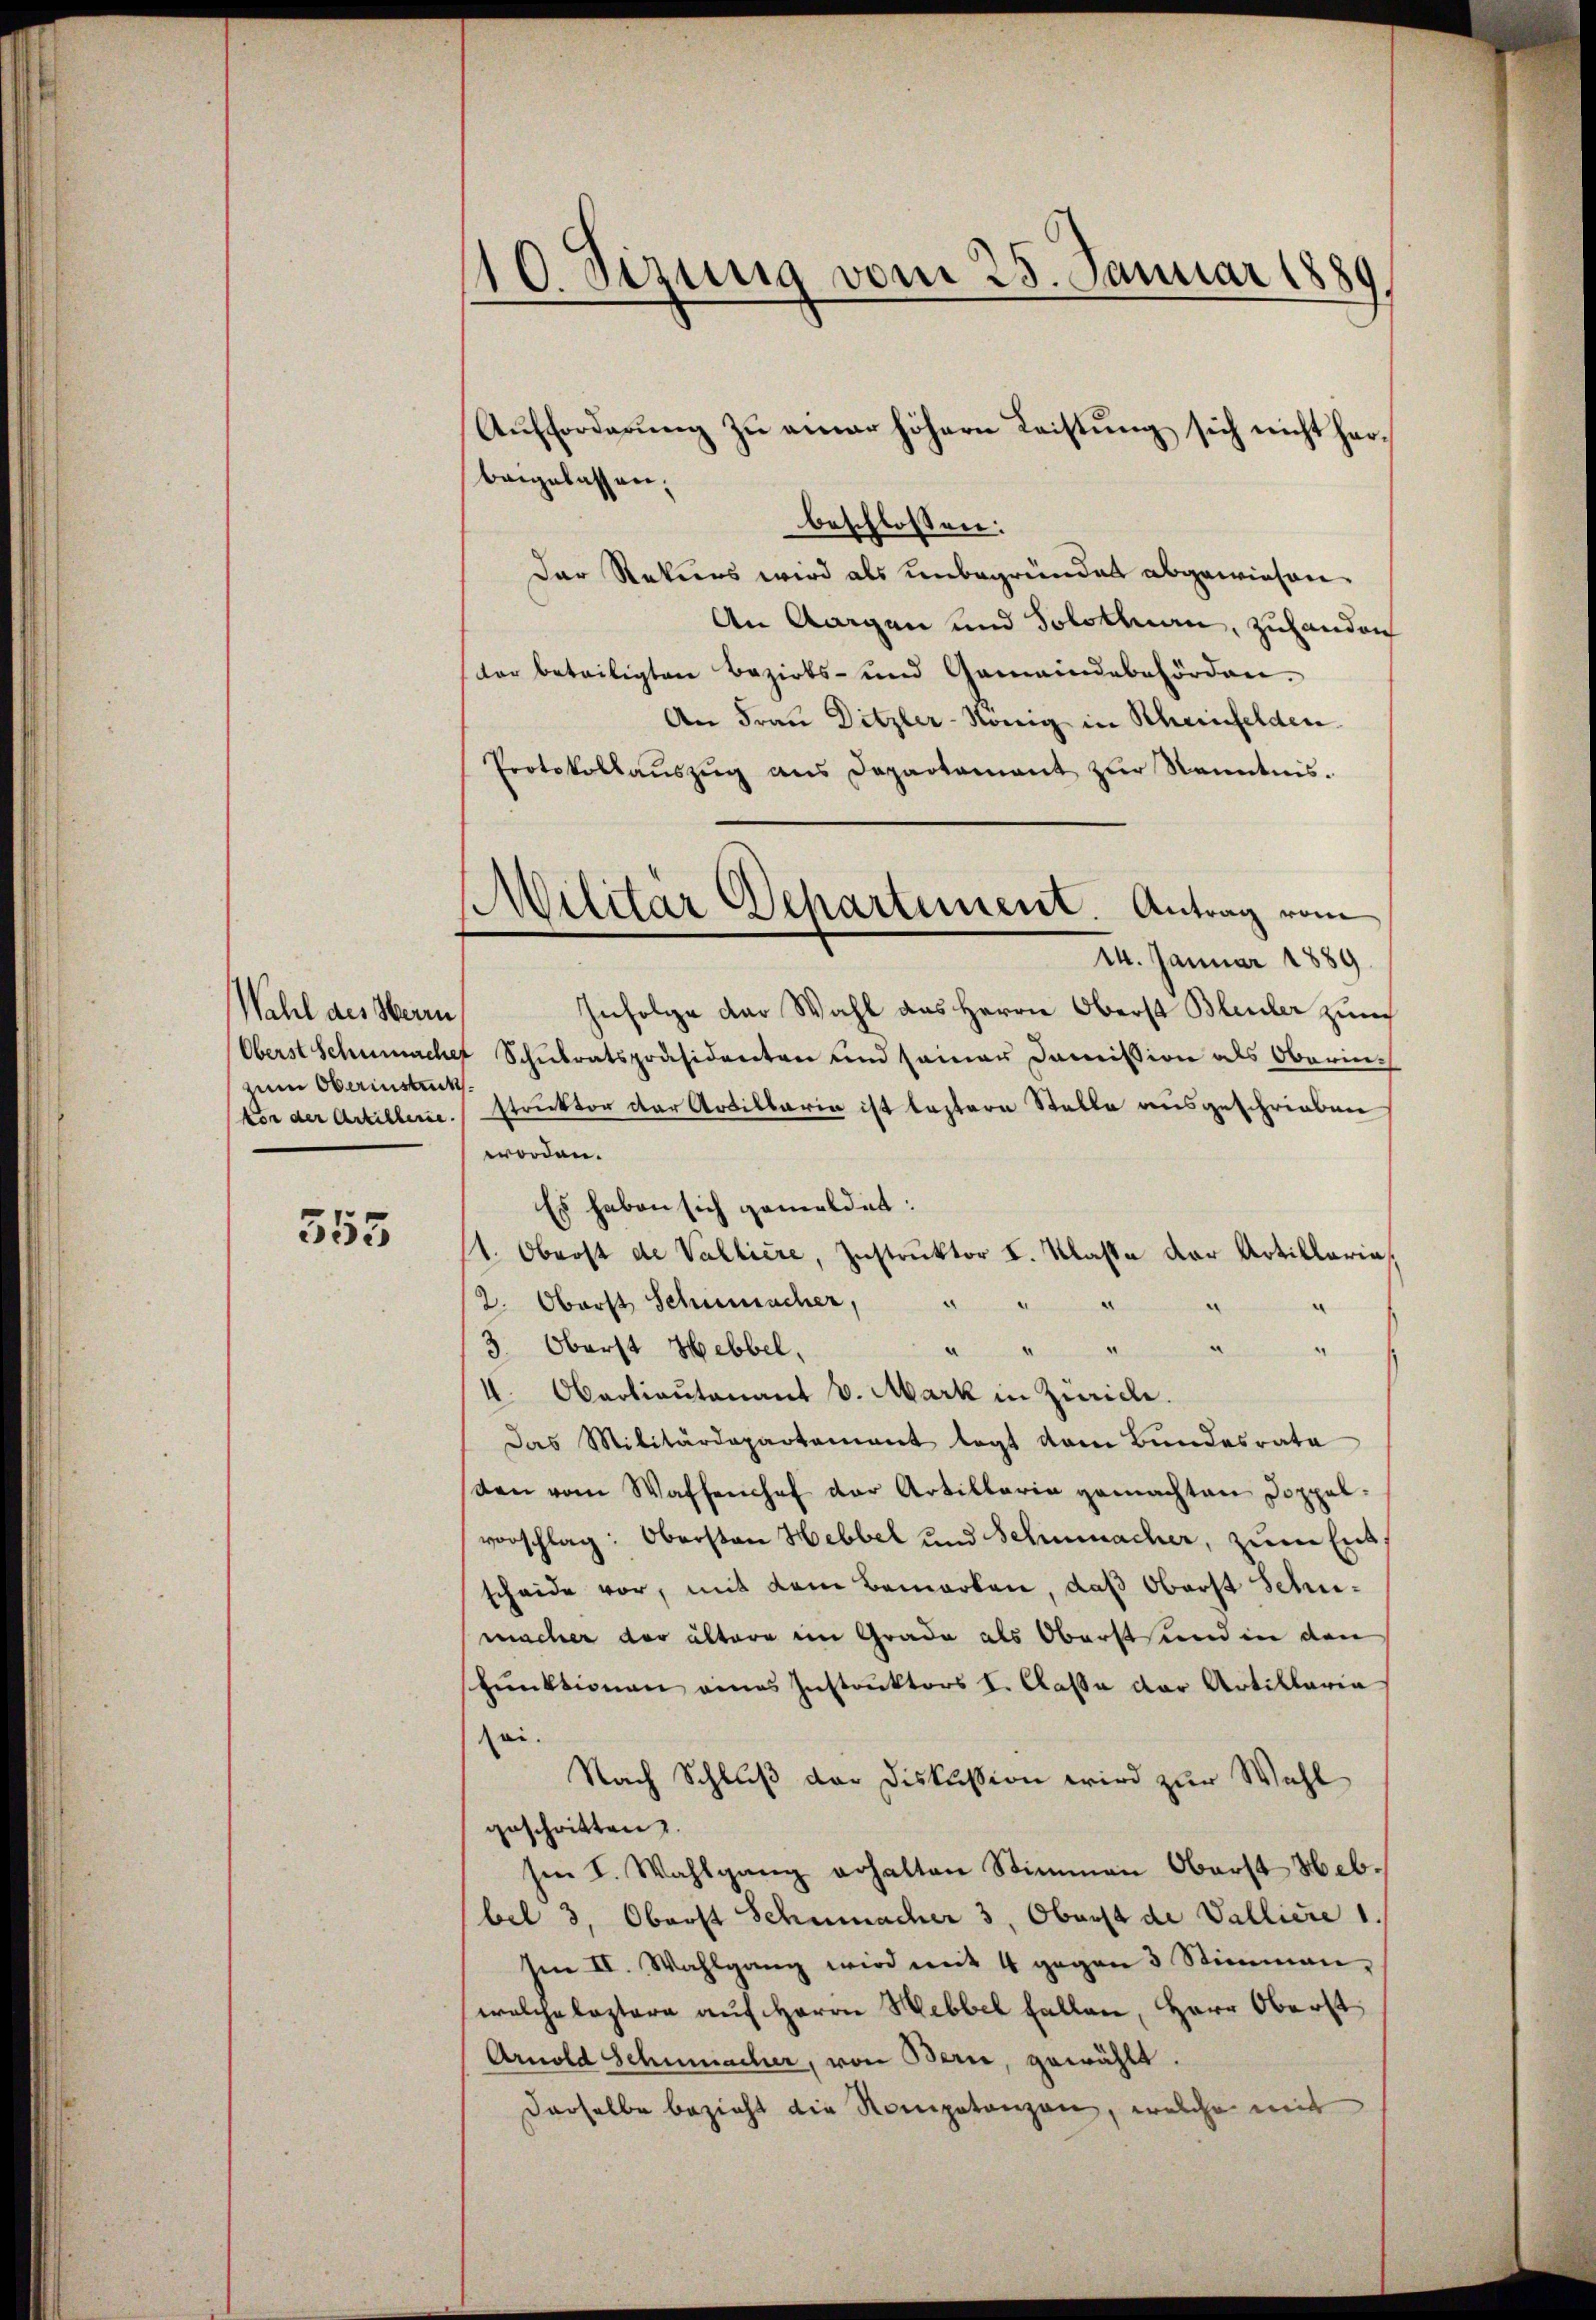
Wahl des Herin,
zum Oberinstück.
von der Artillerie.

355

10. Sizung vom 25. Januar 188
)

Aŭfforderŭng zŭ einer höhern Leistŭng sich nicht her-
beigelassen.
beschlossen:
Der Rekurs wird als unbegründet abgewiesen.
An Aargau und Solothurn, zuhanden
ter beteiligten Bezirks- und Gemeindebehörden.
An Frau Ditzler-König in Scheinfelden
Protokollauszug aus Departement zur Kenntnis.
14. Januar 1889.
Infolge der Wahl aus Herrn Oberst Bleuler zum
Oberst Schumache Schulratspräsidenten und seiner Domission als Oberin
struktor der Artillaria ist lastern Stelle ausgeschrieben
worden.
Es haben sich gemeldet:
1. Oberst de Vallière, Instruktor I. Klasse der Artillaria
2. Oberst Schumacher,
.
Aendenen
3. Oberst Hebbel,
4. Obertiautenant v. Mark in Zürich.
Das Militärdepartement legt vom Bundesrata
sten vom Waffenchef der Artillaria gemachten Doppel-
vorschlag: Obersten Hebbel und Schmacher, zum Entscheide vor, mit dem Bemerken, daß Oberst Schumacher der ältere im Grade als Oberstand in den
shunktionen eines Instruktors I. Cassa der Artillaria
sei.
Nach Schluß der Diskussion wird zur Wahl
geschritten.
sen I. Wahlgang erhalten Stimmen Oberst Hebbel 3, Oberst Schumacher 3. Oberst de Valliere 1
Im II. Wahlgang wird mit 4 gegen 3 Stimmen,
welche leztere auf Herrn Hebbel fallen, Herr Oberst
Arnold Schumacher, von Bern, gewählt.
derselbe bezieht die Kompetanzen, welche mit

Militär Departement. Antrag vom